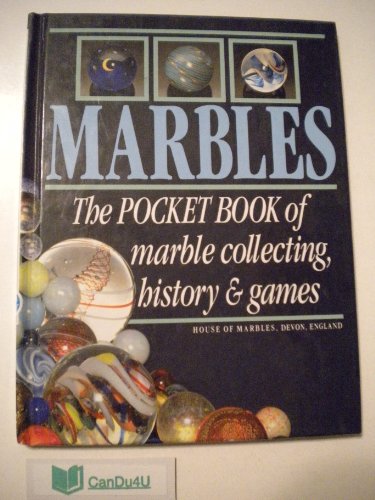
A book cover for Marbles: The Pocket Book of Marble Collecting, History and Games; William Bavin; Crafts, Hobbies & Home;